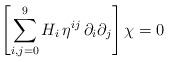
LaTeX: \begin{align*}\left[\sum_{i,j=0}^{9} H_i \, \eta^{ij} \, \partial_i \partial_j \right]\chi = 0\end{align*}